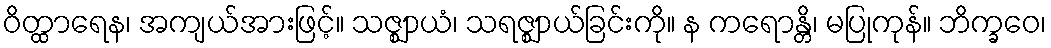
ဝိတ္ထာရေန၊ အကျယ်အားဖြင့်။ သဇ္ဈာယံ၊ သရဇ္ဈာယ်ခြင်းကို။ န ကရောန္တိ၊ မပြုကုန်။ ဘိက္ခဝေ၊